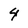
Character: 4